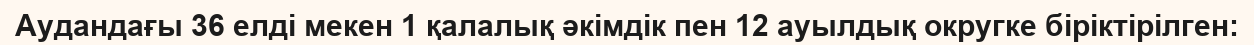
Аудандағы 36 елді мекен 1 қалалық әкімдік пен 12 ауылдық округке біріктірілген: